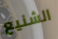
الشنيع